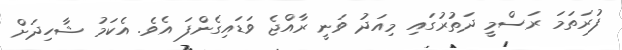
ފުރަތަމަ ރަސްމީ ދަތުރުގައި މިއަދު ވަނީ ރާއްޖެ ވަޑައިގެންފަ އެވެ. އެކަމު ޝާހިދަށް